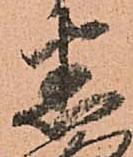
悉